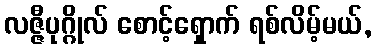
လဇ္ဇီပုဂ္ဂိုလ် စောင့်ရှောက် ရစ်လိမ့်မယ်,